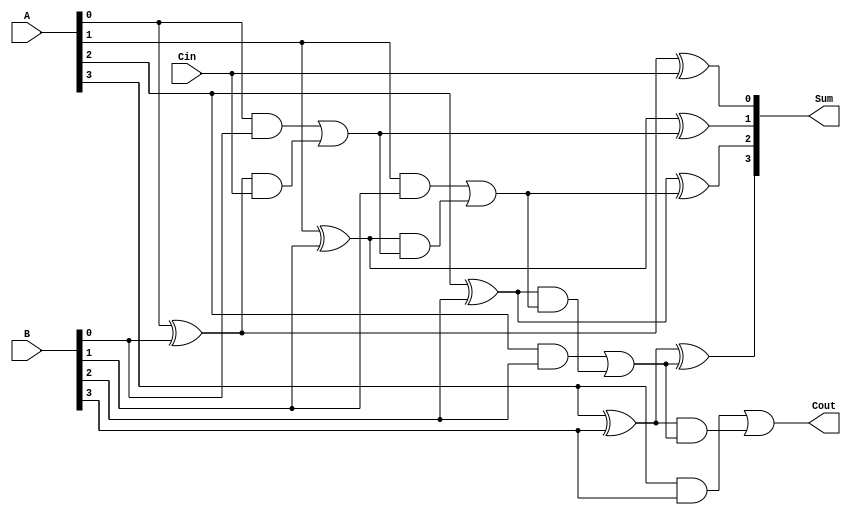
module CILA #(parameter n = 4) (
    input  [n-1:0] A,      // First operand
    input  [n-1:0] B,      // Second operand
    input         Cin,      // Carry-in input
    output [n-1:0] Sum,     // Resulting sum
    output        Cout      // Carry-out output
);

    // Internal signals for propagate and generate
    wire [n-1:0] P; // Propagate signals
    wire [n-1:0] G; // Generate signals
    wire [n:0] C;   // Carry signals

    // Generate and Propagate calculations
    genvar i;
    generate
        for (i = 0; i < n; i = i + 1) begin : gen_prop
            assign P[i] = A[i] ^ B[i]; // Propagate
            assign G[i] = A[i] & B[i]; // Generate
        end
    endgenerate

    // Carry calculations using lookahead logic
    assign C[0] = Cin; // Initial carry-in
    generate
        for (i = 0; i < n; i = i + 1) begin : carry_logic
            if (i == 0) begin
                assign C[i + 1] = G[i] | (P[i] & C[i]);
            end else begin
                assign C[i + 1] = G[i] | (P[i] & C[i]);
            end
        end
    endgenerate

    // Sum calculation
    generate
        for (i = 0; i < n; i = i + 1) begin : sum_logic
            assign Sum[i] = P[i] ^ C[i]; // Sum calculation
        end
    endgenerate

    // Final carry-out
    assign Cout = C[n]; // Final carry-out

endmodule